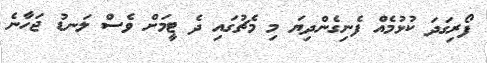
ފޯރިގަދަ ކުޅުމެއް ފެނިގެންދިޔަ މި މެޗުގައި ދެ ޓީމަށް ވެސް ލަނޑު ޖަހާނެ